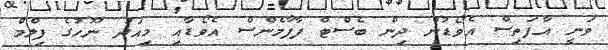
ވަނީ އާފަތިސް އެވޯޑުން ދިން ބެސްޓް ފާފާމެންސް އެވޯޑާއި މިއަދު ނޫހުގެ ފިލްމް